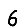
Digit: 6